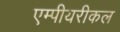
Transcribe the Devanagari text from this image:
एम्पीयरीकल